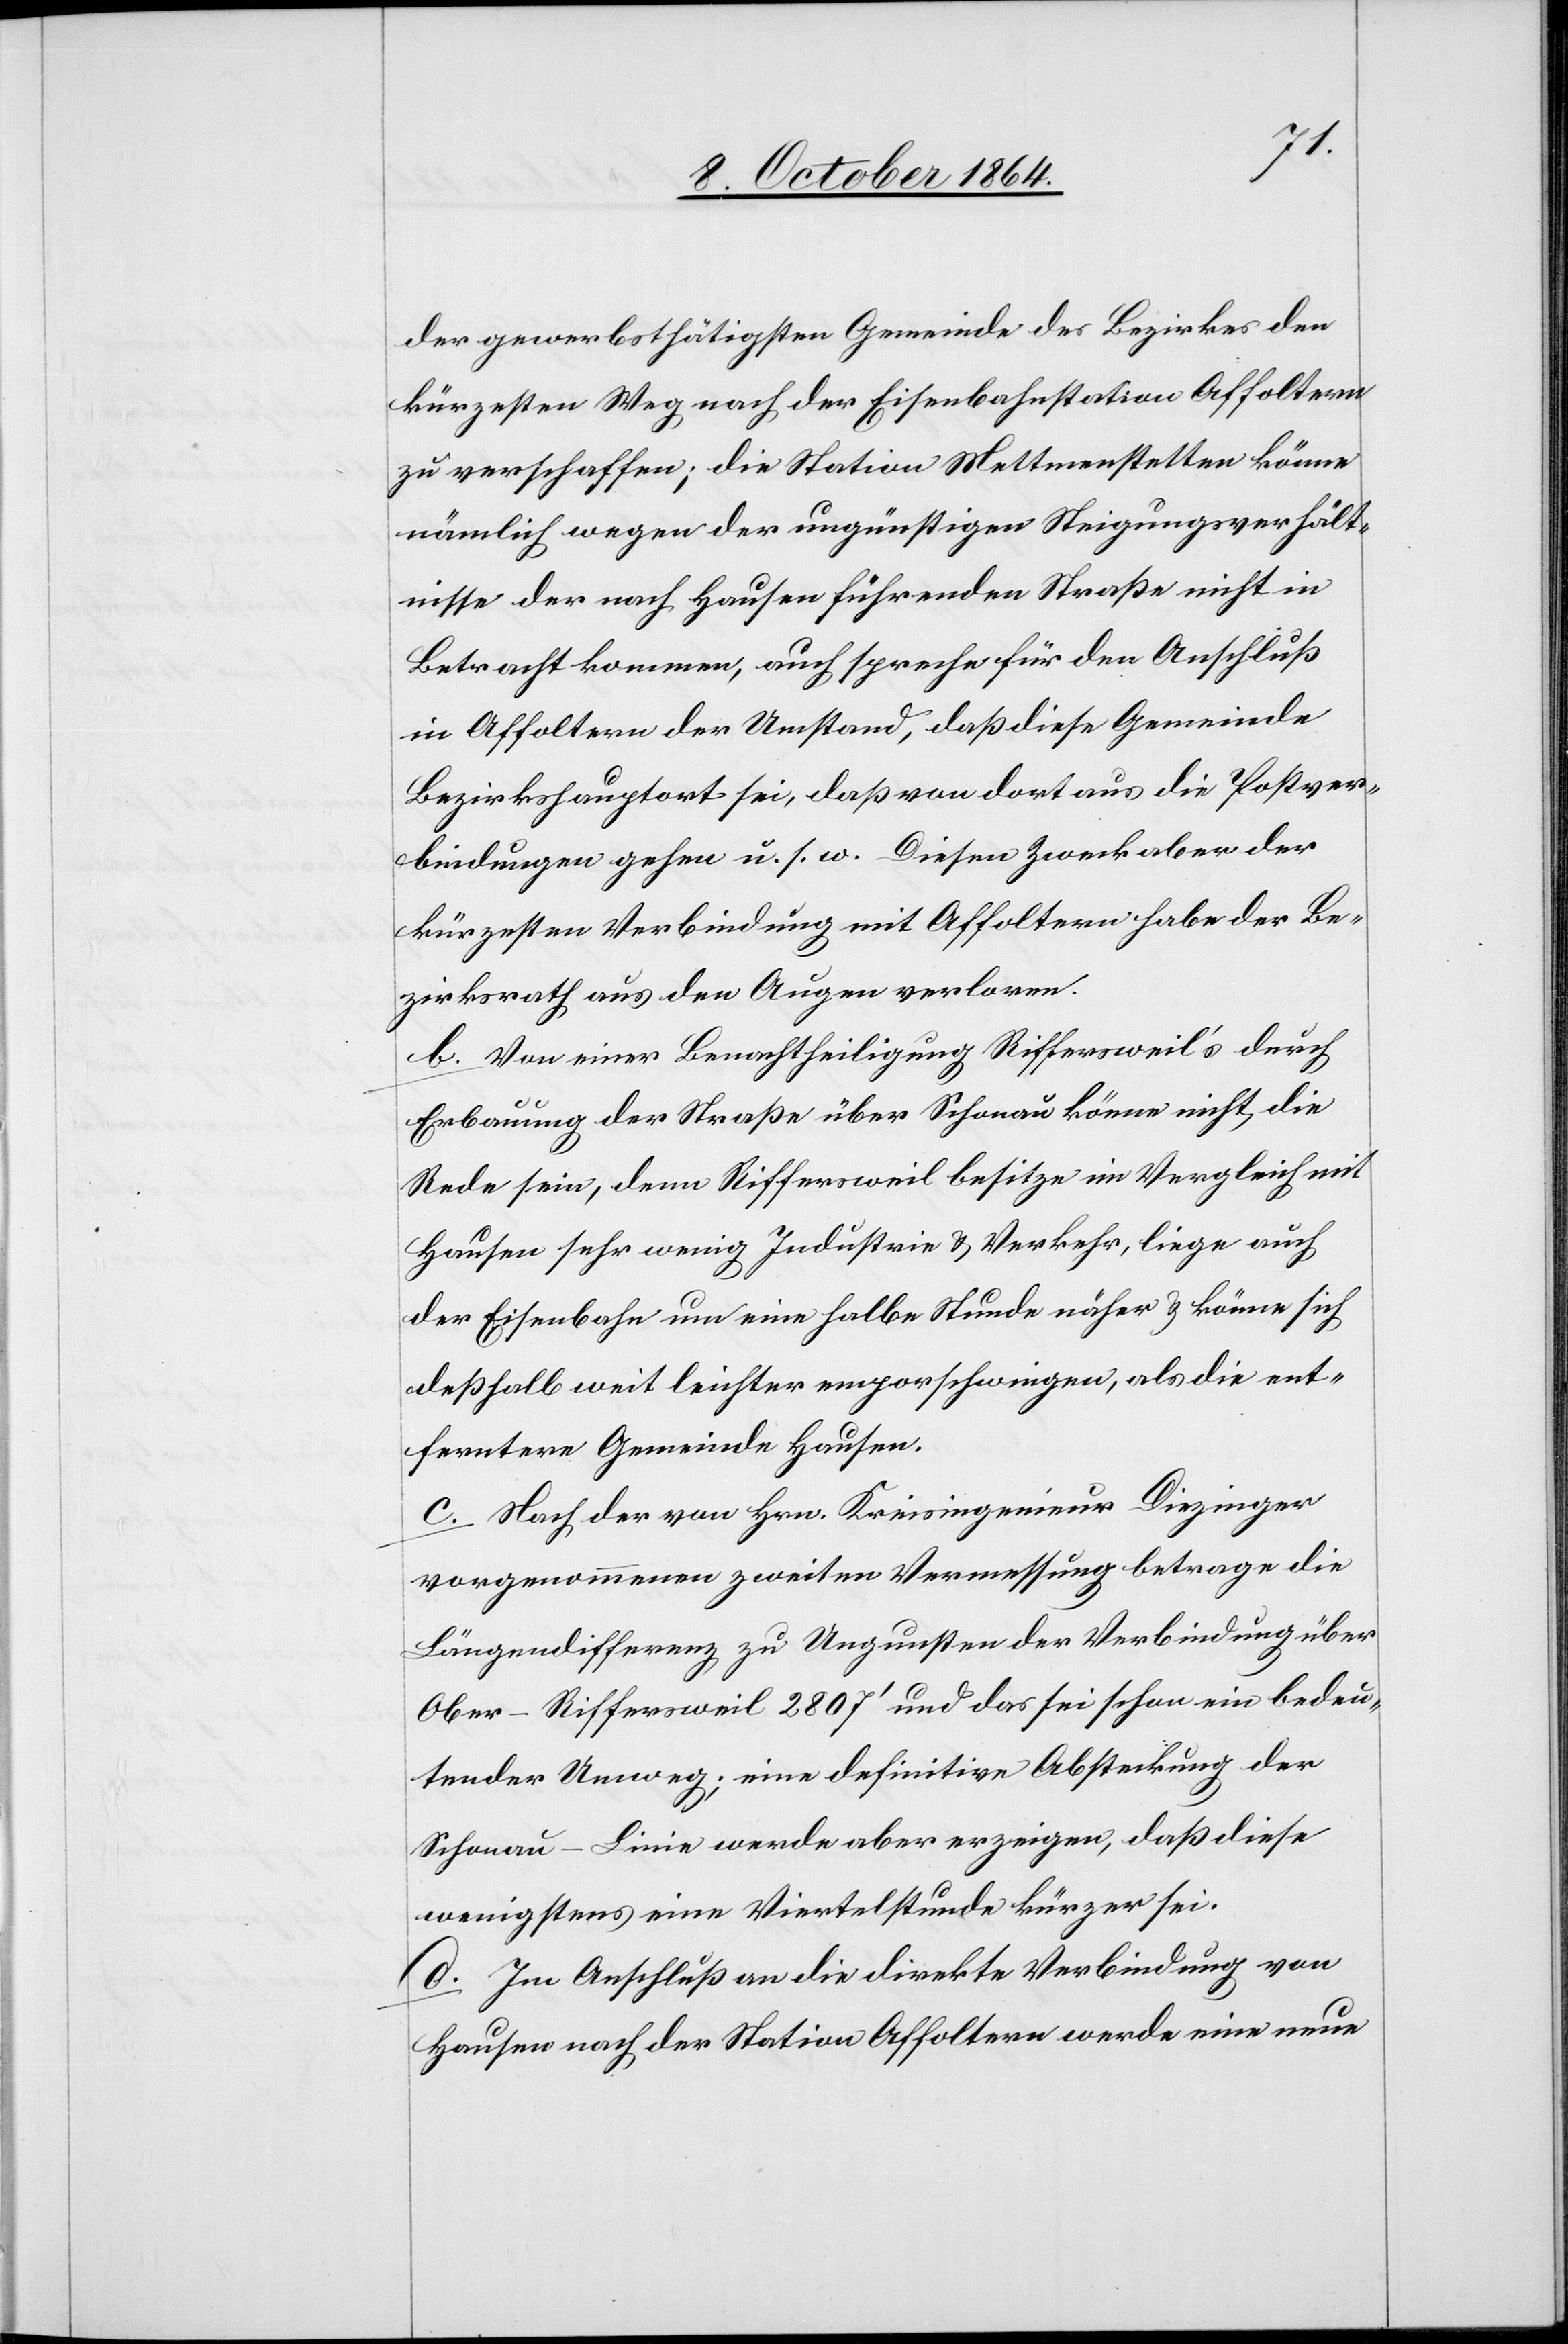
der gewerbsthätigsten Gemeinde des Bezirkes den
kürzesten Weg nach der Eisenbahnstation Affoltern
zu verschaffen; die Station Mettmenstetten könne
nämlich wegen der ungünstigen Steigungsverhält¬
nisse der nach Hausen führenden Straße nicht in
Betracht kommen, auch spreche für den Anschluß
in Affoltern der Umstand, daß diese Gemeinde
Bezirkshauptort sei, daß von dort aus die Postver¬
bindungen gehen u. s. w. Diesen Zweck aber der
kürzesten Verbindung mit Affoltern habe der Be¬
zirksrath aus den Augen verloren.
b. Von einer Benachtheiligung Riffersweil’s durch
Erbauung der Straße über Schonau könne nicht die
Rede sein, denn Riffersweil besitze im Vergleich mit
Hausen sehr wenig Industrie & Verkehr, liege auch
der Eisenbahn um eine halbe Stunde näher & könne sich
deßhalb weit leichter emporschwingen, als die ent¬
ferntere Gemeinde Hausen.
c. Nach der von Hrn. Kreisingenieur Diezinger
vorgenommenen zweiten Vermessung betrage die
Längendifferenz zu Ungunsten der Verbindung über
Ober-Riffersweil 2807’ und das sei schon ein bedeu¬
tender Umweg; eine definitive Absteckung der
Schonau-Linie werde aber erzeigen, daß diese
wenigstens eine Viertelstunde kürzer sei.
d. Im Anschluß an die direkte Verbindung von
Hausen nach der Station Affoltern werde eine neue